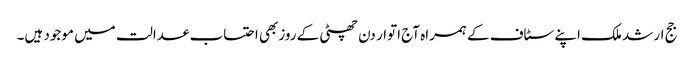
جج ارشد ملک اپنے سٹاف کے ہمراہ آج اتوار دن چھٹی کے روزبھی احتساب عدالت میں موجود ہیں۔